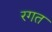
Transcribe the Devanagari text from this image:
रगत